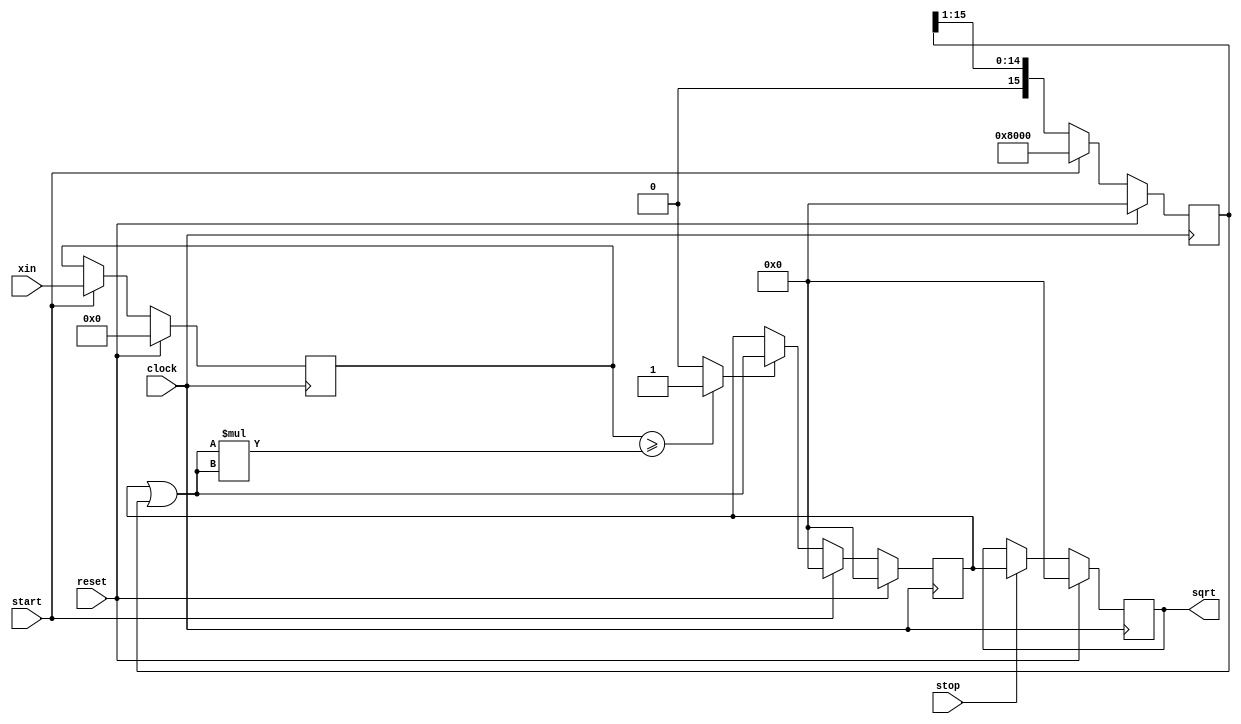
/* 
PSD 2021-2022

    Gustavo Pelayo
    Rui Barbosa
    
*/

module psdsqrt_xtra
	#(parameter NBITSIN = 32)
	( 				 
    input clock,                    // master clock rising edge 
    input reset,                    // synch reset active high 
    input start,                    // start a new square root, one clock pulse 
    input stop,                     // load output register, one clock pulse
    input [NBITSIN-1:0] xin,        // operand, unsigned integer 32 bits 
    output reg [NBITSIN/2-1:0] sqrt // sqrt( xin ), unsigned integer 16 bits 
);


    reg [NBITSIN-1:0]    xin_out;
    reg [15:0]           tempsqrt;
    reg [15:0]           right_or;

    wire [31:0] sqtestsqrt;
    wire [15:0] testsqrt;


    // comparator-v1
    //wire comparator;
    //assign comparator = (xin_out >= sqtestsqrt) ? 1'b1 : 1'b0;

    // comparator-v2
    reg comparator;   
    always @*
        comparator = (xin_out >= sqtestsqrt) ? 1'b1 : 1'b0;


    // multiplier
    assign sqtestsqrt = testsqrt * testsqrt;    

    // OR
    assign testsqrt = tempsqrt | right_or;   


    // xin FF
    always@(posedge clock)
    if(reset) begin
        xin_out <= 32'h0000; 
    end else if(start)  begin
        xin_out <= xin;     
    end


    // left OR
    always@(posedge clock)
    if(reset) begin
        tempsqrt <= 16'h0000;
    end else if(start) begin    //top left mux
        tempsqrt <= 16'h0000;
    end else begin				//down left mux
        tempsqrt <= comparator ? testsqrt : tempsqrt;  // if comparator == 1 : tempsqrt <= testsqrt; else tempsqrt <= tempsqrt
    end

    // right OR
    always@(posedge clock)
    begin
        if(reset)                   //right FF      
            right_or <= 16'h0000;
        else if(start)              //right mux 
            right_or <= 16'h8000;    
        else
            right_or <= right_or >> 1;
    end

 

    // sqrt FF
    always@(posedge clock)
    begin
        if(reset)
            sqrt <= 16'h0000;
        else if(stop)
            sqrt <= tempsqrt;
    end

endmodule